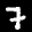
Label: 7